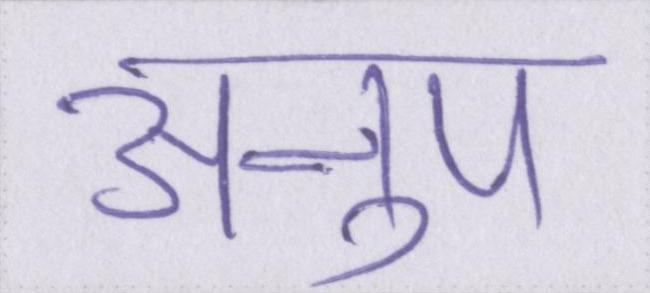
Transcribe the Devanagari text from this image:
अनुप